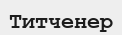
Титченер